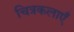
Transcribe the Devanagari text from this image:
चित्रकलाएँ